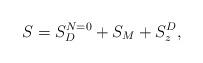
LaTeX: \begin{align*}S=S_D^{N=0} + S_M +S_z^D,\end{align*}